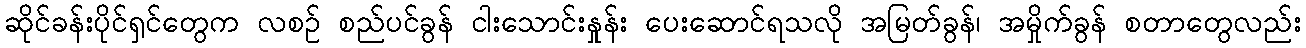
ဆိုင်ခန်းပိုင်ရှင်တွေက လစဉ် စည်ပင်ခွန် ငါးသောင်းနှုန်း ပေးဆောင်ရသလို အမြတ်ခွန်၊ အမှိုက်ခွန် စတာတွေလည်း